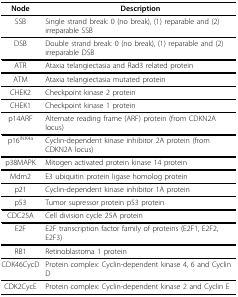
<table><thead><tr><td><b>Node</b></td><td><b>Description</b></td></tr></thead><tbody><tr><td>SSB</td><td>Single strand break: 0 (no break), (1) reparable and (2) irreparable SSB</td></tr><tr><td>DSB</td><td>Double strand break: 0 (no break), (1) reparable and (2) irreparable DSB</td></tr><tr><td>ATR</td><td>Ataxia telangiectasia and Rad3 related protein</td></tr><tr><td>ATM</td><td>Ataxia telangiectasia mutated protein</td></tr><tr><td>CHEK2</td><td>Checkpoint kinase 2 protein</td></tr><tr><td>CHEK1</td><td>Checkpoint kinase 1 protein</td></tr><tr><td>p14ARF</td><td>Alternate reading frame (ARF) protein (from CDKN2A locus)</td></tr><tr><td>p16<sup>INK4a</sup></td><td>Cyclin-dependent kinase inhibitor 2A protein (from CDKN2A locus)</td></tr><tr><td>p38MAPK</td><td>Mitogen activated protein kinase 14 protein</td></tr><tr><td>Mdm2</td><td>E3 ubiquitin protein ligase homolog protein</td></tr><tr><td>p21</td><td>Cyclin-dependent kinase inhibitor 1A protein</td></tr><tr><td>p53</td><td>Tumor supressor protein p53 protein</td></tr><tr><td>CDC25A</td><td>Cell division cycle 25A protein</td></tr><tr><td>E2F</td><td>E2F transcription factor family of proteins (E2F1, E2F2, E2F3)</td></tr><tr><td>RB1</td><td>Retinoblastoma 1 protein</td></tr><tr><td>CDK46CycD</td><td>Protein complex: Cyclin-dependent kinase 4, 6 and Cyclin D</td></tr><tr><td>CDK2CycE</td><td>Protein complex: Cyclin-dependent kinase 2 and Cyclin E</td></tr></tbody></table>